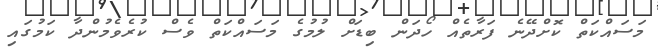
މަސައްކަތް ކޮށްދޭނެ ފަރާތެއް ހޯދަން ބިޑަށް ލުމުގެ މަސައްކަތް ވެސް ކުރެވެމުންދާ ކަމުގައި